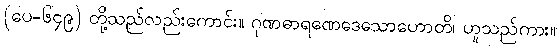
(ပေ-၆၄၉) တို့သည်လည်းကောင်း။ ဂုဏဓာရဏေဒေသောဟောတိ၊ ဟူသည်ကား။